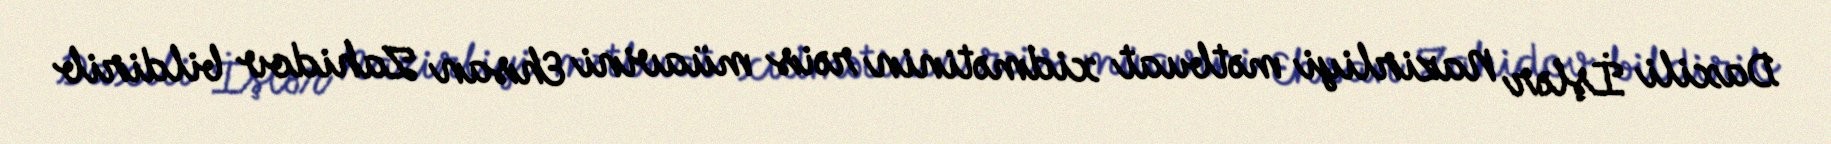
Daxili İşlər Nazirliyi mətbuat xidmətinin rəis müavini Ehsan Zahidov bildirib